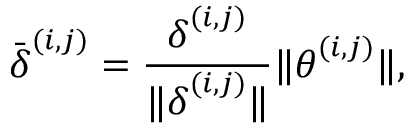
\bar { \boldsymbol \delta } ^ { ( i , j ) } = \frac { \boldsymbol \delta ^ { ( i , j ) } } { \lVert \boldsymbol \delta ^ { ( i , j ) } \rVert } \lVert \boldsymbol \theta ^ { ( i , j ) } \rVert ,